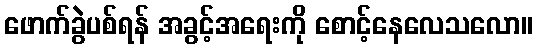
ဖောက်ခွဲပစ်ရန် အခွင့်အရေးကို စောင့်နေလေသလော။